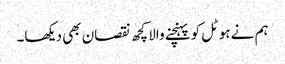
ہم نے ہوٹل کو پہنچنے والا کچھ نقصان بھی دیکھا۔